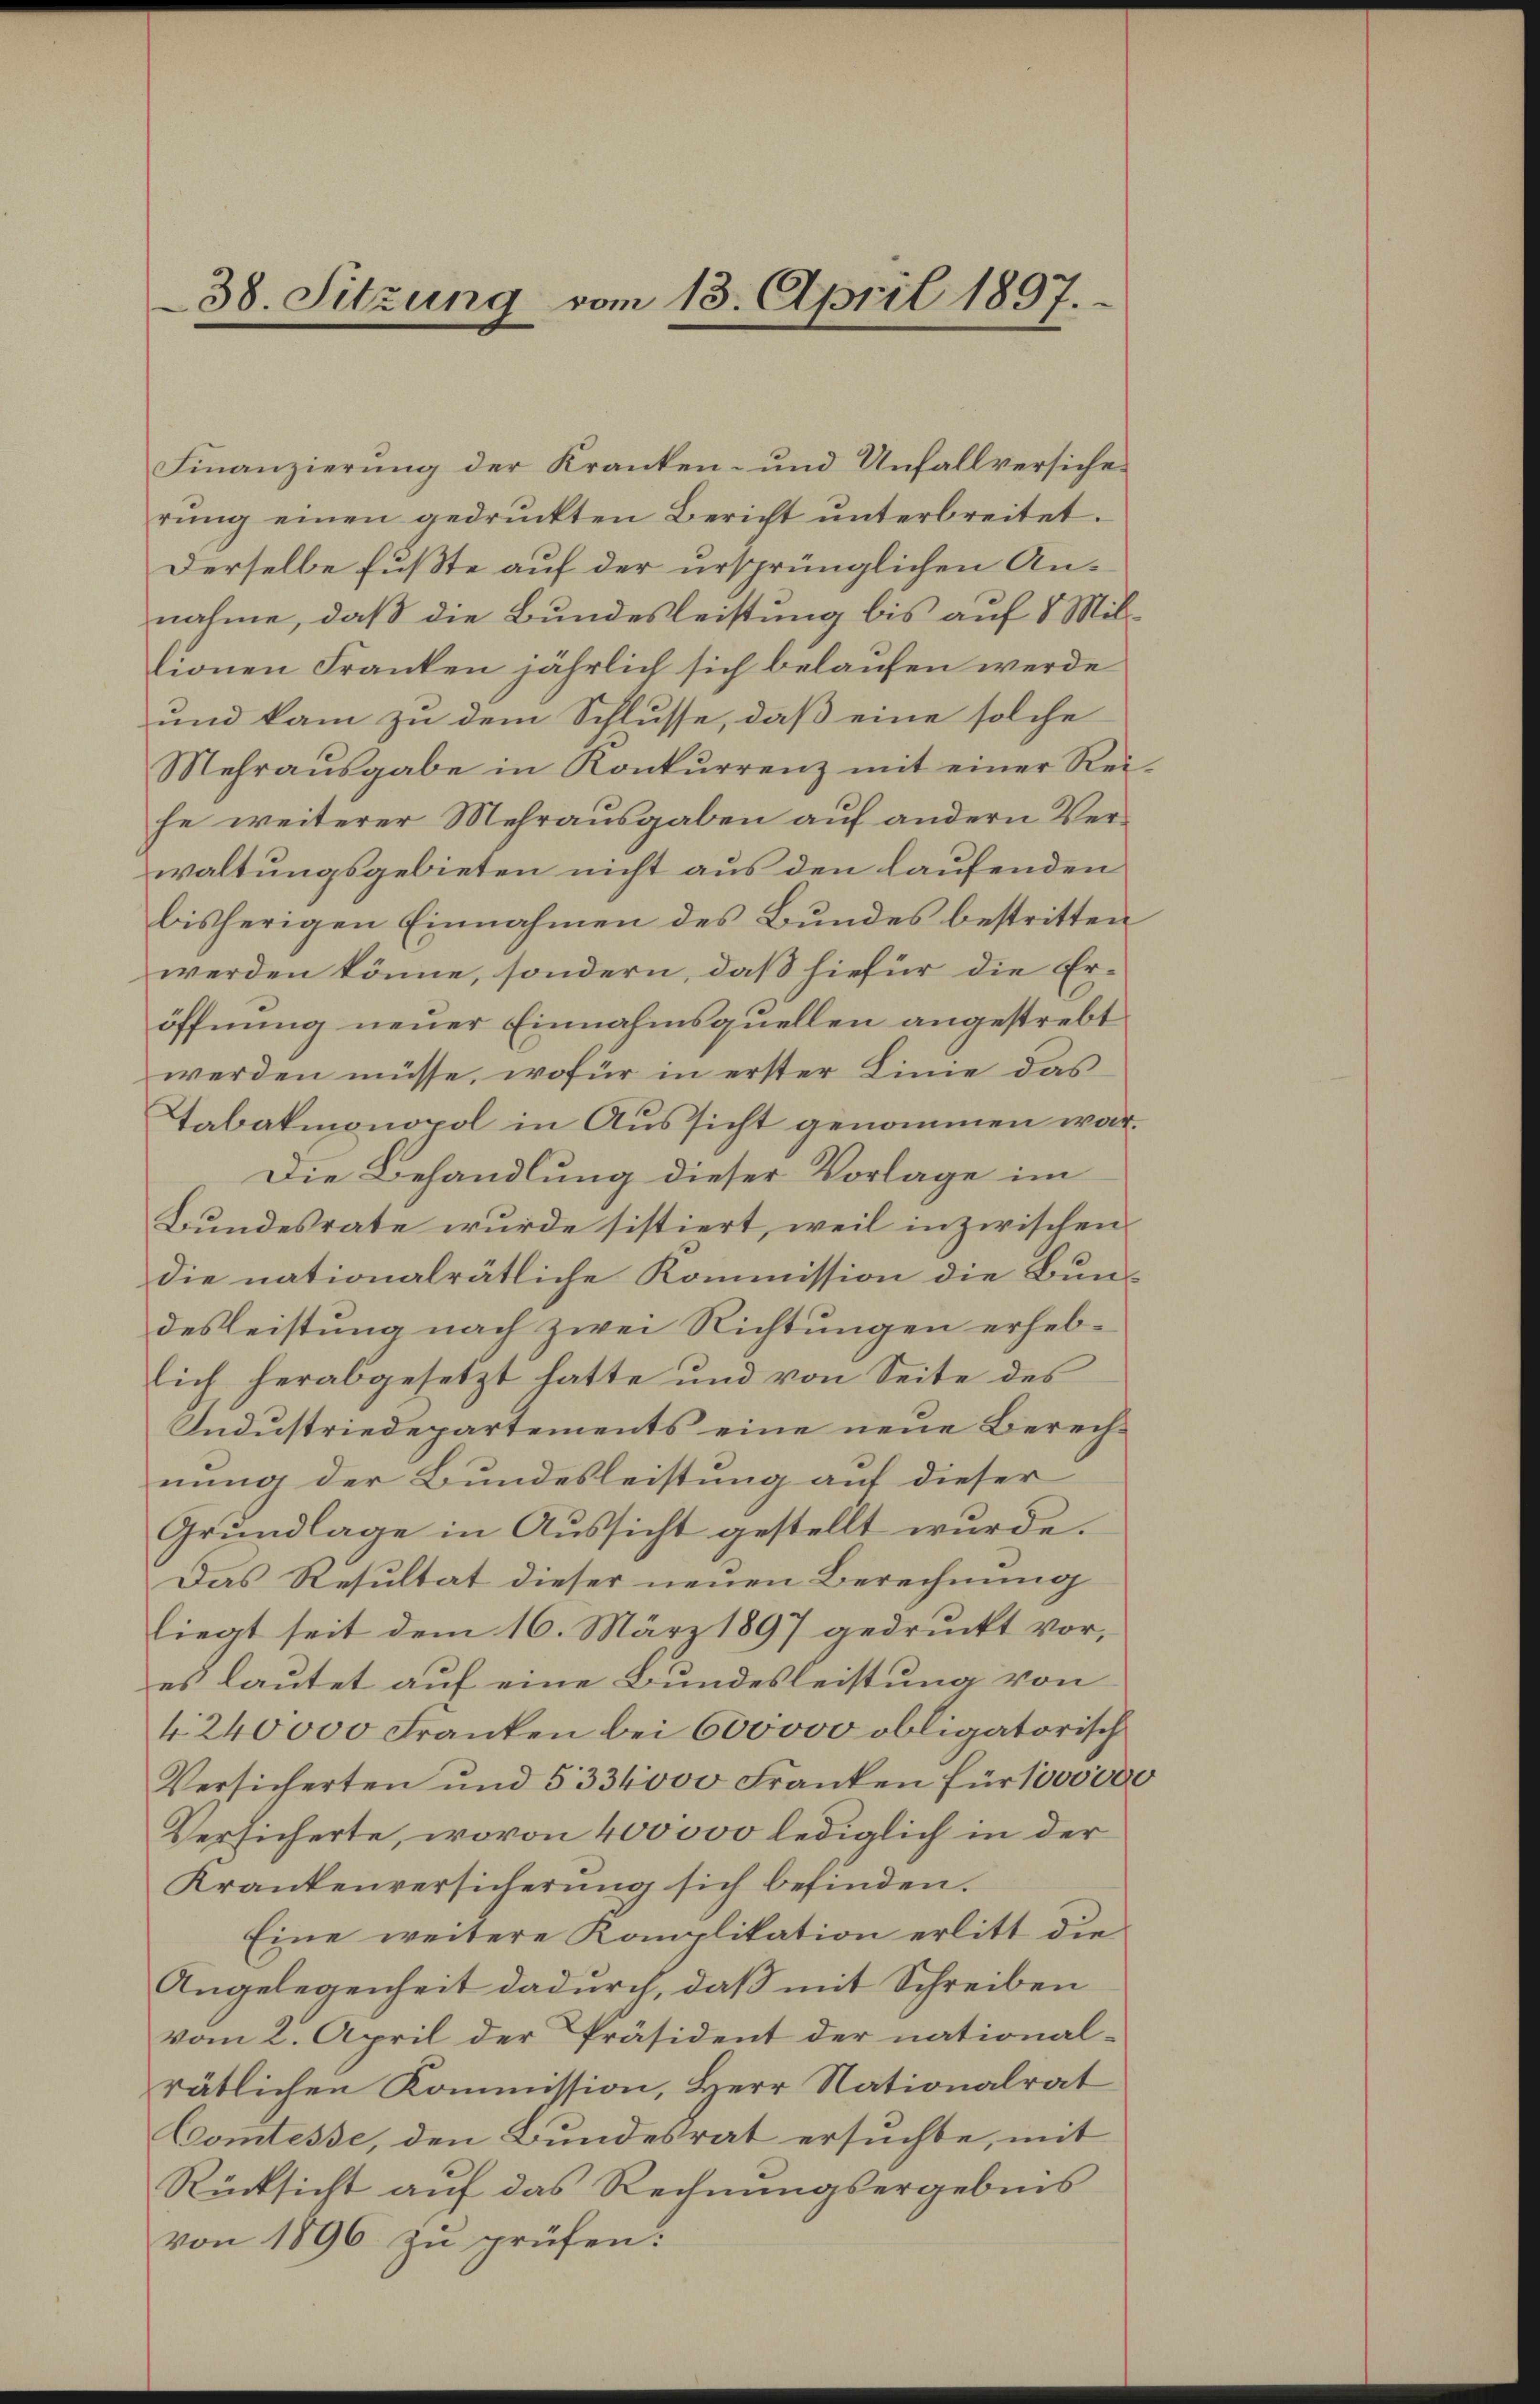
38. Sitzung vom 13. April 1897.

Finanzierung der Kranken- und Unfallversiche
rŭng einen gedruckten Bericht unterbreitet.
Derselbe Fußte auf der ursprünglichen Annahme, daß die Bundesleistung bis auf 8 Miltionen Franken jährlich sich belaufen werde
und kam zu dem Schlusse, daß eine solche
Mehraŭsgabe in Konkŭrrenz mit einer Rei-
he weiterer Mehrausgaben auf andern Verwaltungsgebieten nicht aus den laufenden
bisherigen Einnahmen des Bundes bestritten
werden könne, sondern, daß hiefür die Eröffnung neuer Einnahmsquellen angestrebt
werden müsse, wofür in erster Linie das
Tabakmonopol in Aussicht genommen war.
Die Behandlung dieser Vorlage im
Bundesrate wurde sistiert, weil inzwischen
die nationalrätliche Kommission die Bundesleistung nach zwei Richtungen erheblich herabgesetzt hatte und von Seite des
Industriedepartements eine neue Berechnung der Bundesleistung auf dieser
Grundlage in Aussicht gestellt wurde.
Das Resultat dieser neuen Berechnung
liegt seit dem 16. März 1897 gedruckt vor,
es lautet auf eine Bundesleistung von
4240000 Franken bei 600000 obligatorisch
Versicherten und 5334000 Franken für 100000.
Versicherte, wovon 400000 lediglich in der
Krankenversicherung sich befinden.
Eine weitere Komplikation erlitt die
Angelegenheit dadurch, daß mit Schreiben
vom 2. April der Präsident der national-
rätlichen Kommission, Herr Nationalrat
Comtesse, den Bundesrat ersuchte, mit
Rücksicht auf das Rechnungsergebnis
von 1896 zu prüfen:

g